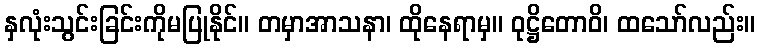
နှလုံးသွင်းခြင်းကိုမပြုနိုင်။ တမှာအာသနာ၊ ထိုနေရာမှ။ ဝုဋ္ဌိတောဝိ၊ ထသော်လည်း။